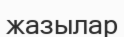
жазылар